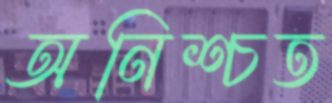
অনিশ্চত